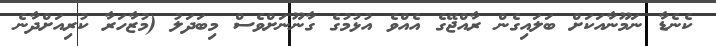
ކެނެޑާ ނަމޫނާއަކަށް ބަލައިގެން ރާއްޖޭގެ އެއްވެ އުޅުމުގެ ގާނޫނަށްވެސް މިބަދަލު (މުޒާހަރާ ކުރިއަށްދާނެ